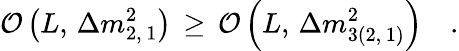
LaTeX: {\cal O}\left(L,\, \Delta m_{2,\, 1}^{2}\right)\, \ge\, {\cal O}\left(L,\, \Delta m_{3(2,\, 1)}^{2}\right)\quad.